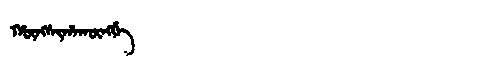
Manchu: ᡥᡡᠩᠰᡳᡥᠠᡴᡡᠩᡤᡝ
Romanization: HŪNGSIHAKŪNGGE